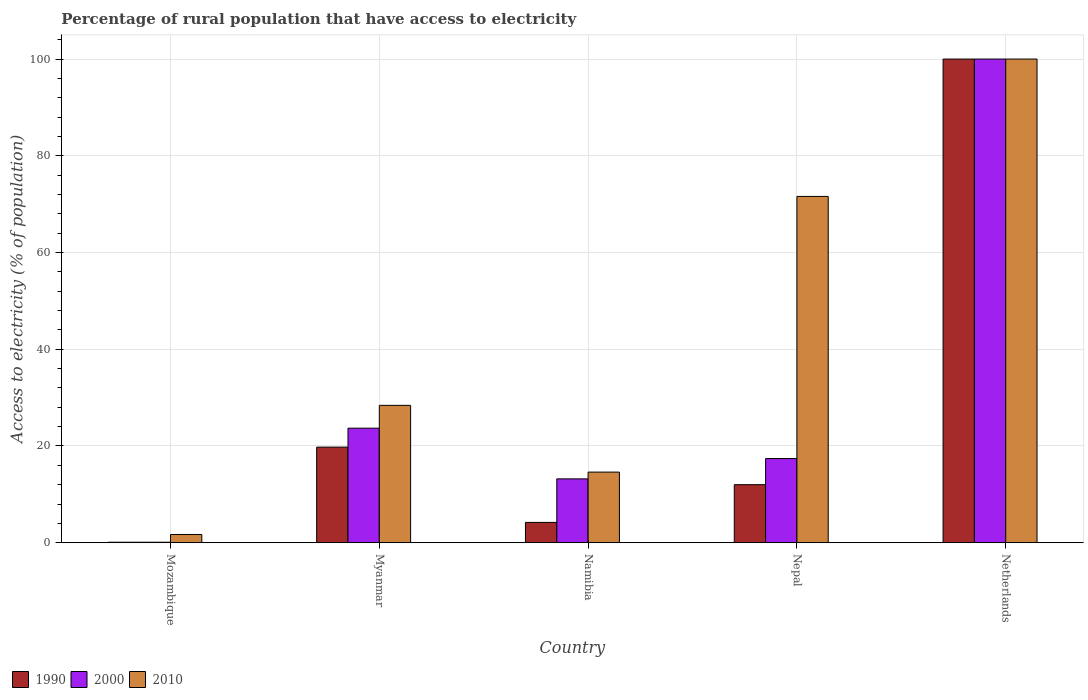
| Country | 1990 | 2000 | 2010 |
 | --- | --- | --- | --- |
 | Mozambique | 0.1 | 0.1 | 1.7 |
 | Myanmar | 19.8 | 23.7 | 28.4 |
 | Namibia | 4.2 | 13.2 | 14.6 |
 | Nepal | 12 | 17.4 | 71.6 |
 | Netherlands | 100 | 100 | 100 |